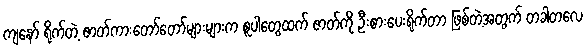
ကျနော် ရိုက်တဲ့ ဇာတ်ကားတော်တော်များများက စူပါတွေထက် ဇာတ်ကို ဦးစားပေးရိုက်တာ ဖြစ်တဲ့အတွက် တခါတလေ